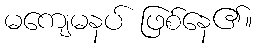
မကျေမနပ် ဖြစ်နေ၏။